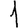
Digit: 1